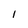
Character: l